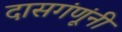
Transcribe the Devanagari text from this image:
दासगंणूंनी